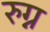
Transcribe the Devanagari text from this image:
रुग्न